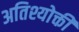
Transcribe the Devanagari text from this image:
अतिश्योक्ती